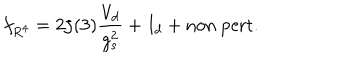
LaTeX: f _ { R ^ { 4 } } = 2 \zeta ( 3 ) \frac { V _ { d } } { g _ { s } ^ { 2 } } + I _ { d } + \mathrm { n o n ~ p e r t . }